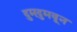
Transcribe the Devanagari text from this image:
दुमदुमवून